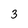
Character: 3